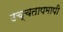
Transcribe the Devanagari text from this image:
उच्चतापमापी